Indian Medical Review
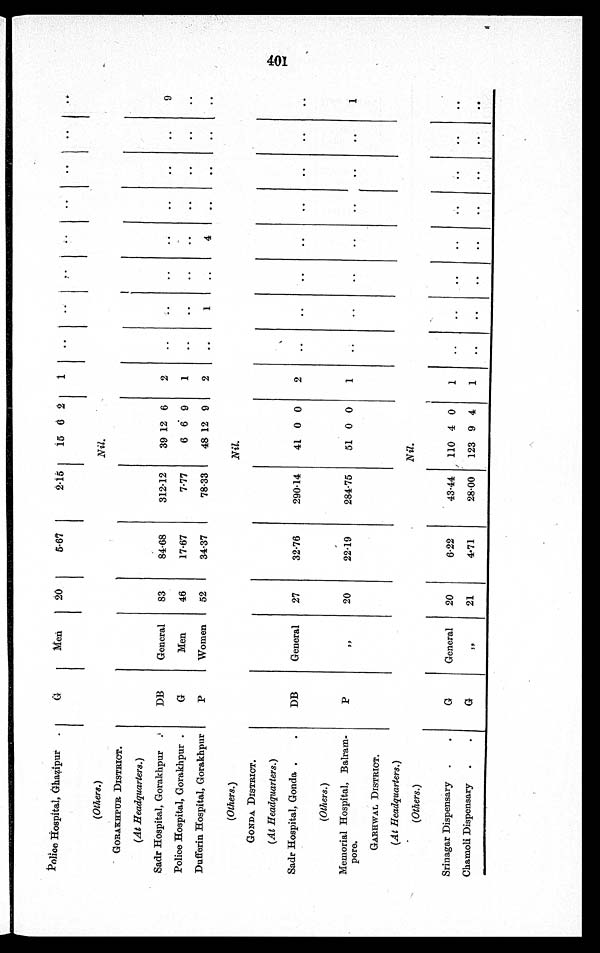
Police Hospital, Ghazipur.
G
Men
20
5.67
2.15
15 6 2
1
(Others.)
Nil.
GORAKHPUR DISTRICT.
(At Headquarters.)
Sadr Hospital, Gorakhpur.
DB
General 83
84.68
312.12
39 12 6
2
9
Police Hospital, Gorakhpur.
G
Men
46
17.67
7.77
6 6 9
1
Dufferin Hospital, Gorakhpur
P
Women 52
34.37
78.33
48 12 9
2
1
4
(Others.)
Nil.
GONDA DISTRICT.
(At Headquarters.)
Sadr Hospital, Gonda.
DB
General 27
32.76
290.14
41 0 0
2
(Others.)
Memorial Hospital, Balram-
pore.
P
,,
20
22.19
284.75
51 0 0
1
1
GARHWAL DISTRICT.
(At Headquarters.)
Nil.
(Others.)
Srinagar Dispensary
G
General 20
6.22
43.44 110 4 0
1
Chamoli Dispensary
G
,,
21
4.71
28.00 123 9 4
1
t401